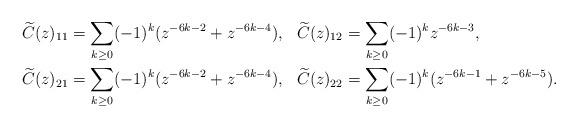
LaTeX: \begin{align*}\widetilde{C}(z)_{11}&=\sum_{k\geq 0}(-1)^k(z^{-6k-2}+z^{-6k-4}),&\widetilde{C}(z)_{12}&=\sum_{k\geq 0}(-1)^kz^{-6k-3},\\\widetilde{C}(z)_{21}&=\sum_{k\geq 0}(-1)^k(z^{-6k-2}+z^{-6k-4}),&\widetilde{C}(z)_{22}&=\sum_{k\geq 0}(-1)^k(z^{-6k-1}+z^{-6k-5}). \end{align*}